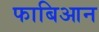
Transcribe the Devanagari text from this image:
फाबिआन